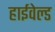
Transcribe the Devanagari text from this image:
हाईवेल्ड